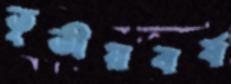
তৃতীয়বর্ষ